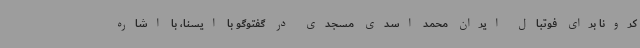
کرونا برای فوتبال ایران محمد اسدی مسجدی در گفتوگو با ایسنا، با اشاره